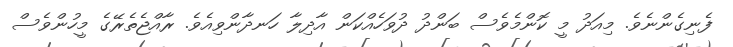
ފެނިގެންނެވެ. މިއަދު މީ ކޮންމެވެސް ބަންދު ދުވަހެއްކަން އާދިލާ ހަނދާންވިއެވެ. ރާއްޖެތެރޭގެ މީހުންވެސް